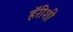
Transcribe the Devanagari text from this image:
हॅरीशी